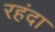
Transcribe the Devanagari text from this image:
रहंदा